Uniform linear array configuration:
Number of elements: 64
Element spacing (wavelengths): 1
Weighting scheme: exponential
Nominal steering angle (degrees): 45
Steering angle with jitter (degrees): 45.338
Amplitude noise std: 0.05
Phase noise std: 0.05

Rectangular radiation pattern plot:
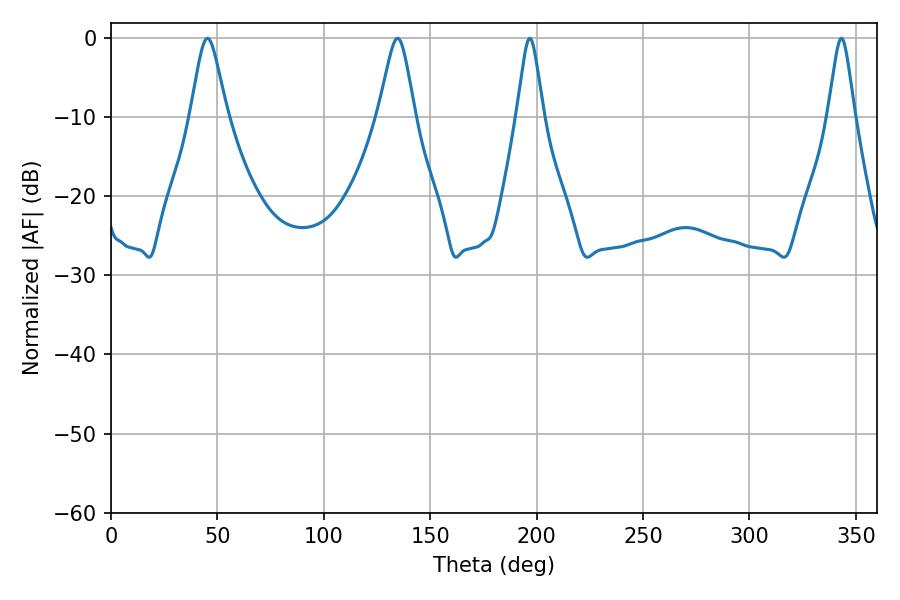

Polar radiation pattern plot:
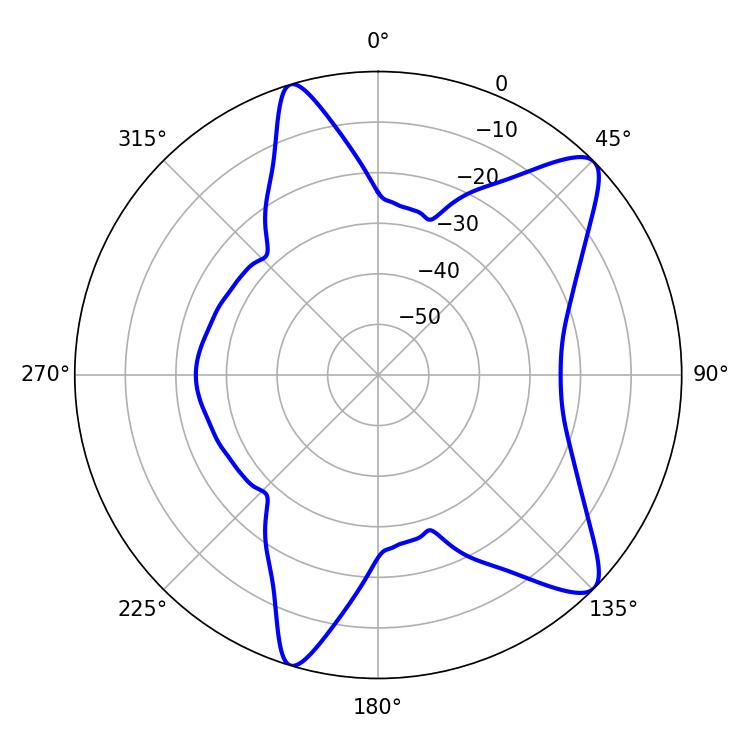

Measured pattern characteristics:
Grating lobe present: TRUE
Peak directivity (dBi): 10.452
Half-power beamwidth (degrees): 8.1
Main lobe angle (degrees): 45.36